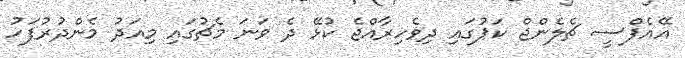
އޭއެފްސީ ޗެލެންޖް ކަޕުގައި ދިވެހިރާއްޖެ ކުޅޭ ދެ ވަނަ މެޗުގައި މިއަދު މެންދުރުފަހު